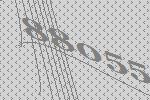
88055